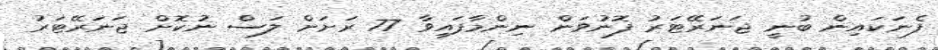
ފެނަކައިން ބުނީ ޖަނަރޭޓަރު ފޮނުވަން ނިންމާފައިވާ 77 ރަށަށް ލަސް ނުކޮށް ޖަނަރޭޓަރު